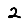
Digit: 2